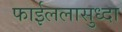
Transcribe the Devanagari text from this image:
फाईललासुध्दा